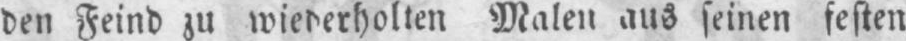
den Feind zu wiederholten Malen aus seinen festen